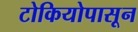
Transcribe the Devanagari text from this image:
टोकियोपासून